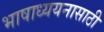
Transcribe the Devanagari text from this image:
भाषाध्ययनासाठी